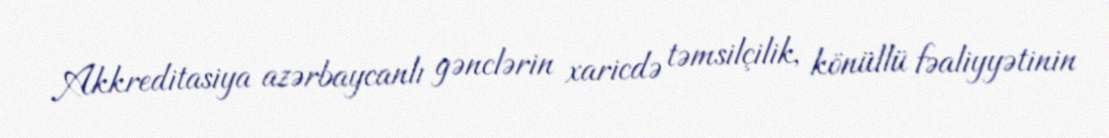
Akkreditasiya azərbaycanlı gənclərin xaricdə təmsilçilik, könüllü fəaliyyətinin